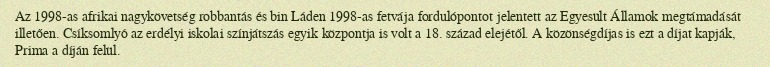
Az 1998-as afrikai nagykövetség robbantás és bin Láden 1998-as fetvája fordulópontot jelentett az Egyesült Államok megtámadását illetően. Csíksomlyó az erdélyi iskolai színjátszás egyik központja is volt a 18. század elejétől. A közönségdíjas is ezt a díjat kapják, Prima a díján felül.